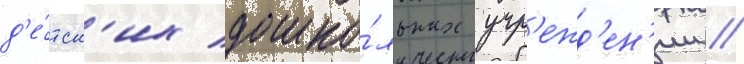
д'е́тск'их дошко́льных учр'ежд'ен'ии /